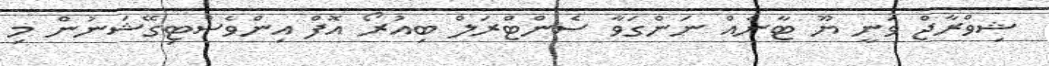
ޝިވްރާޖް ވަނީ ޔޫ ޓާނެއް ނަންގަވާ ސެންޓްރަލް ބިއުރޯ އޮފް އިންވެސްޓިގޭޝަނުން މި